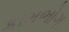
કામભોગ